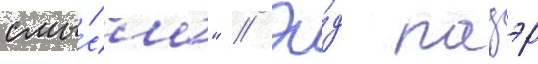
смы́сла" // Э́д пауэр